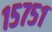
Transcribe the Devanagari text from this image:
१५७५१